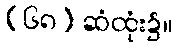
(၆၈) ဆံထုံး၌။